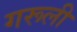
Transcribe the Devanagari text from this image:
गरूली